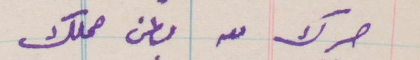
حرك معه بطن حملك